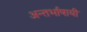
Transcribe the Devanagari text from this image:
अन्तर्भाषायी